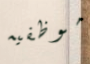
موظفيه